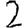
Digit: 2